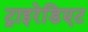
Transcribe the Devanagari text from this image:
ट्राइरेडिएट